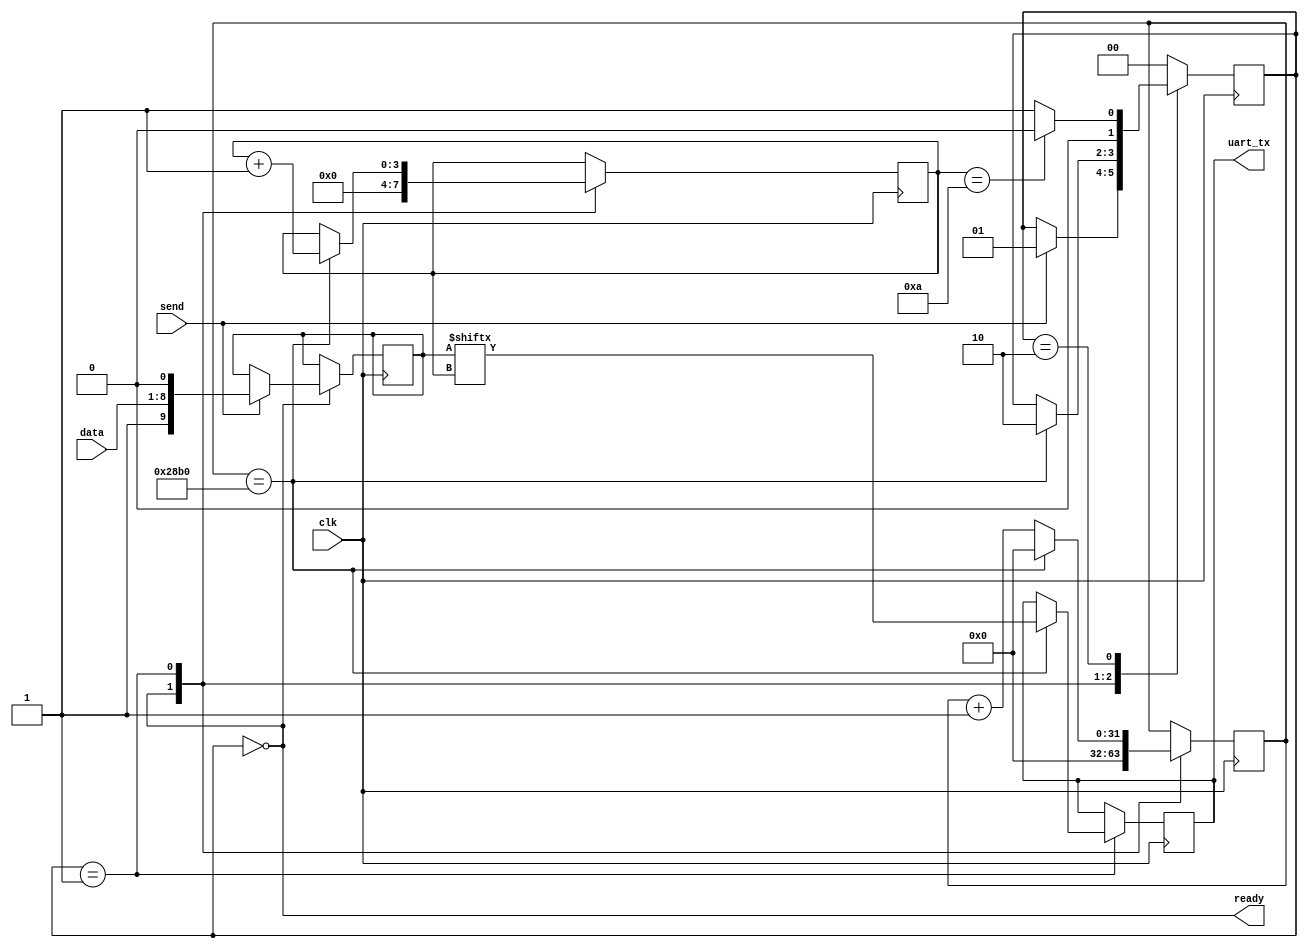
module UART_tx_ctrl (ready,uart_tx,clk,send,data); // declare the in/out 
input send,clk;
input [7:0] data;
output ready, uart_tx; 
parameter baud = 9600;
parameter bit_index_max = 10;
localparam [31:0] baud_timer = 100000000/baud;
localparam RDY = 2'b00, LOAD_BIT = 2'b01, SEND_BIT = 2'b10;
reg [1:0] state = RDY;
reg [31:0] timer =0; 
reg [9:0] txData;
reg [3:0] bitIndex; 
reg txBit = 1'b1;

always @(posedge clk)
case (state)
RDY:
begin
bitIndex <= 1'b0;
timer <= 14'b0;// the timer is not 1-bit txBit <= 1'b1;
if (send == 1'b1) begin
txData <= {1'b1, data, 1'b0}; 
state <= LOAD_BIT;
end
end
LOAD_BIT:
begin
if (timer == baud_timer) begin
timer <= 14'b0;// again, timer is 14 bits 
state <= SEND_BIT;
txBit <= txData[bitIndex];
bitIndex <= bitIndex + 1'b1;
end
else
timer <= timer + 1'b1;
end
SEND_BIT:
begin
if (bitIndex == bit_index_max) 
state <= RDY;
else
state <= LOAD_BIT;
end
default:
state <= RDY;
endcase
assign uart_tx = txBit;
assign ready = (state == RDY);
endmodule